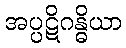
အပ္ပဋိဂန္ဓိယာ